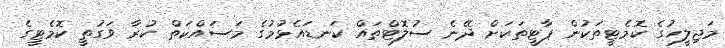
މަޖިލީހުގެ ކޮމެޓީތަކުން ޕާޓީތަކަށް ދޭނެ ސުލޮޓްތައް ކަނޑައެޅުމުގެ މަސައްކަތް ކުރާ ވަގުތީ ކޮމެޓީގެ